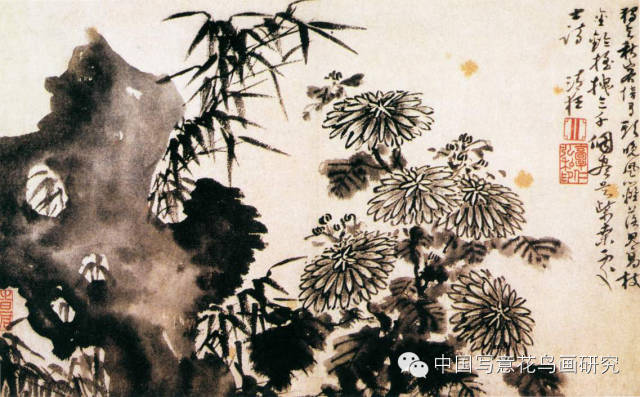
深秋绝塞谁相忆，木叶萧萧。